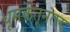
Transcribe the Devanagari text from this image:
धूमकेतूनंतर